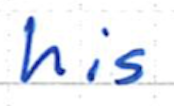
Text: his
Cross-out: clean
Writing tool: ballpoint